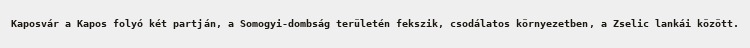
Kaposvár a Kapos folyó két partján, a Somogyi-dombság területén fekszik, csodálatos környezetben, a Zselic lankái között.